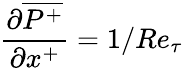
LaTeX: \frac{\partial\overline{{P^{+}}}}{\partial x^{+}}={1/Re_{\tau}}